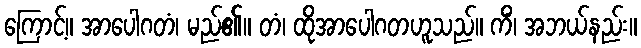
ကြောင့်။ အာပေါဂတံ၊ မည်၏။ တံ၊ ထိုအာပေါဂတဟူသည်။ ကိံ၊ အဘယ်နည်း။